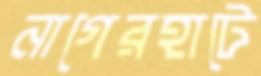
নাগেরহাটে